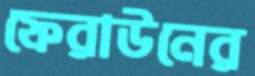
ফেরাউনের